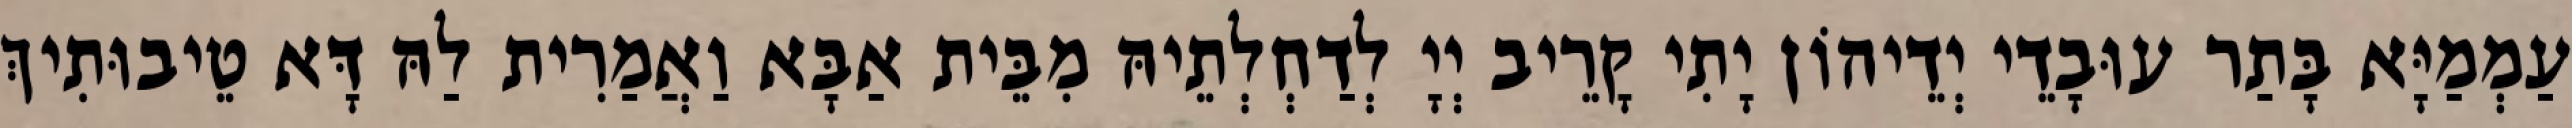
עַמְמַיָּא בָּתַר עוּבָדֵי יְדֵיהוֹן יָתִי קָרֵיב יְיָ לְדַחְלְתֵיהּ מִבֵּית אַבָּא וַאֲמַרִית לַהּ דָּא טֵיבוּתִיךְ